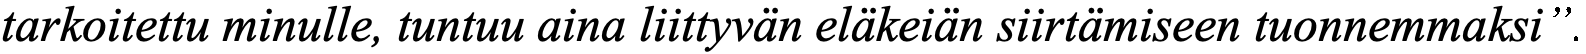
tarkoitettu minulle, tuntuu aina liittyvän eläkeiän siirtämiseen tuonnemmaksi”.